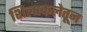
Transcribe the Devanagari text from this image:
शिल्पकलेतून